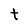
Character: t